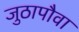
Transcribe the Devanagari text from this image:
जुठापौवा